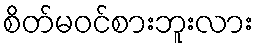
စိတ်မဝင်စားဘူးလား